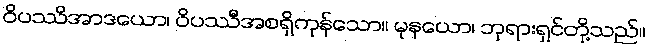
ဝိပဿိအာဒယော၊ ဝိပဿီအစရှိကုန်သော။ မုနယော၊ ဘုရားရှင်တို့သည်။